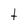
Character: t